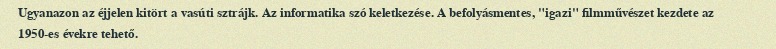
Ugyanazon az éjjelen kitört a vasúti sztrájk. Az informatika szó keletkezése. A befolyásmentes, "igazi" filmművészet kezdete az 1950-es évekre tehető.